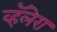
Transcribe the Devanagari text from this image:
व्हॅलेरा